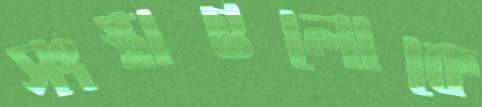
সংস্থাগুলোকে